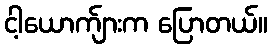
ငါ့ယောက်ျားက ပြောတယ်။